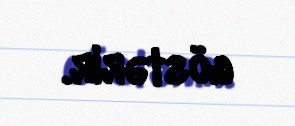
göstərir.